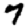
Digit: 7